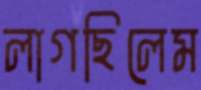
লাগছিলেম